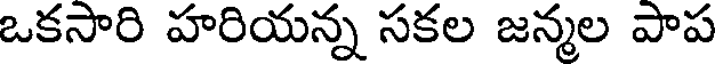
ఒకసారి హరియన్న సకల జన్మల పాప